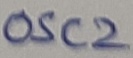
Text: OSC2